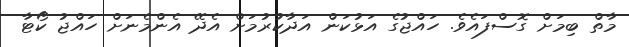
މާތް ބިމަށް ގޮސްފައެވެ. ހައްޖުގެ އަޅުކަން އަދާކުރުމަށް އެދޭ އެންމެނަށް ހައްޖު ކޯޓާ